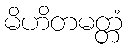
မိဟိတမတ္တံ